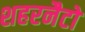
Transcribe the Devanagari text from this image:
शहरनैटो